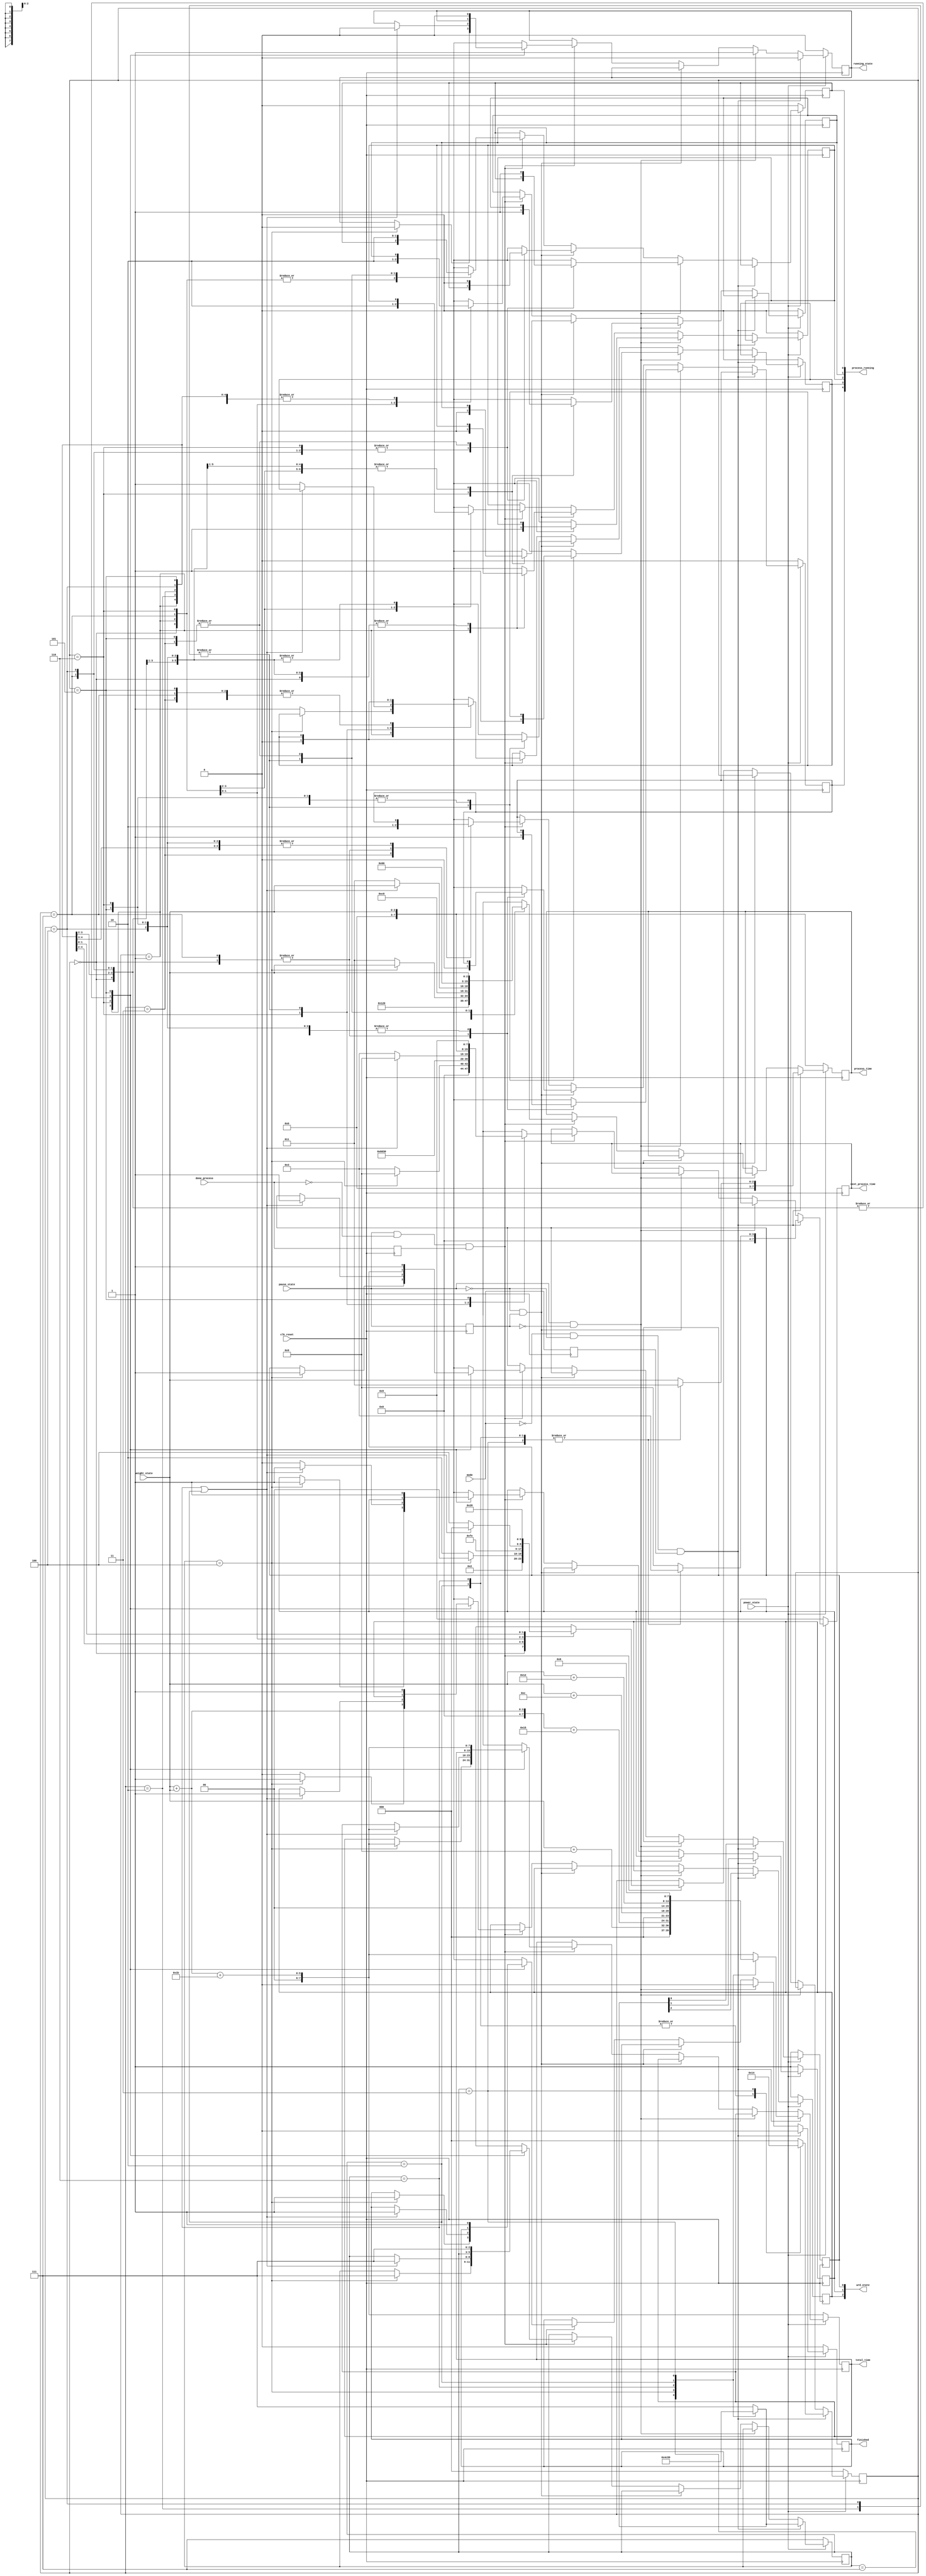
`timescale 1ns/1ps
module fsm(
    input clk_reset,
    input mode,
	input power_state,
	input pause_state,
	input [2:0]weight_state,
	input done_process,
	output [2:0]wrd_state,
	output reg [7:0] total_time,
    output reg [7:0] process_time,
    output reg [7:0] next_process_time,
    output reg running_state,
    output [4:0] process_running,//
    output reg finished
	);
	localparam mode1 = 3'b111,mode2 = 3'b100,mode3 = 3'b110,
               mode4 = 3'b010,mode5 = 3'b011,mode6 = 3'b001;
    localparam process0 = 3'b000,process1 = 3'b001,process2 = 3'b010,process3 = 3'b011,
			   process4 = 3'b111,process5 = 3'b110,process6 = 3'b100,process7 = 3'b101;
	reg [2:0]mode_state,process_state;//
	reg wash_state,rinse_state,dewatering_state;//
	reg intake_running,wash_running,rinse_running,outlet_running,dewatering_running;//
	reg ex_mode,ex_pause_state,ex_done_process;//
	assign wrd_state = {wash_state,rinse_state,dewatering_state};
    assign process_running = {intake_running,outlet_running,wash_running,rinse_running,dewatering_running};
	initial begin //
               running_state <= 0;
               finished <= 0;
               mode_state <= mode1;//
               {wash_state,rinse_state,dewatering_state} <= 3'b0;
               total_time <= 33;
               process_state <= process0;
               process_time <= 3;//
               next_process_time <= 9;//
               {intake_running,wash_running,rinse_running,outlet_running,dewatering_running} <= 5'b00000;
           end
	always @(posedge clk_reset) ex_mode = #10 mode ;
	always @(posedge clk_reset) ex_pause_state = #10 pause_state;
	always @(posedge clk_reset) ex_done_process = #10 done_process;
	always @(posedge clk_reset)
	   if(!power_state)//
		   begin
		       finished = 0;
			   running_state = 0;
			   mode_state = mode1;//
			   total_time = weight_state + weight_state + 27;
			   process_state = process0;
			   process_time = weight_state;//
			   next_process_time = 9;//
			   {wash_state,rinse_state,dewatering_state} = #10 mode_state;
			   {intake_running,wash_running,rinse_running,outlet_running,dewatering_running} = 5'b00000;
		   end
	   else if( !mode && !pause_state && ex_mode)//mode
			case(mode_state)
			mode1:begin running_state = 0;finished = 0;
			           mode_state = mode2;//
					   total_time = weight_state + 9;//
					   process_state = process0;
					   process_time = weight_state;//
					   next_process_time = 9;//
					   {wash_state,rinse_state,dewatering_state} = #10 mode_state;
				   end
			mode2:begin running_state = 0;finished = 0;
			           mode_state = mode3;//
					   total_time = weight_state + weight_state + 21;
					   process_state = process0;
					   process_time = weight_state;//
					   next_process_time = 9;//
					   {wash_state,rinse_state,dewatering_state} = #10 mode_state;
				   end
			mode3:begin running_state = 0;finished = 0;
			           mode_state = mode4;//
					   total_time = weight_state + 12;//
					   process_state = process2;
					   process_time = 3;//
					   next_process_time = 3;//
					   {wash_state,rinse_state,dewatering_state} = #10 mode_state;
				   end	   
			mode4:begin running_state = 0;finished = 0;
			           mode_state = mode5;//
					   total_time = weight_state + 18;//
					   process_state = process2;
					   process_time = 3;//
					   next_process_time = 3;//
					   {wash_state,rinse_state,dewatering_state} = #10 mode_state;
				   end
			mode5:begin running_state = 0;finished = 0;
			           mode_state = mode6;//
					   total_time = 6;//
					   process_state = process6;
					   process_time = 3;//
					   next_process_time = 3;//
					   {wash_state,rinse_state,dewatering_state} = #10 mode_state;
				   end
			mode6:begin running_state = 0;finished = 0;
			           mode_state = mode1;//
					   total_time = weight_state + weight_state + 27;
					   process_state = process0;
					   process_time = weight_state;//
					   next_process_time = 9;//
					   {wash_state,rinse_state,dewatering_state} = #10 mode_state;
				   end
			default:begin running_state = 0;finished = 0;
			           mode_state = mode1;//
					   total_time = weight_state + weight_state + 27;
					   process_state = process0;
					   process_time = weight_state;//
					   next_process_time = 9;//
					   {wash_state,rinse_state,dewatering_state} = #10 mode_state;
				   end
	        endcase
        else if( pause_state && !ex_pause_state) //pause_state
            begin running_state = 1;finished = 0;
			case(process_state)
                 process0:begin intake_running = 1;end
                 process1:begin wash_running = 1;end
                 process2:begin outlet_running = 1;end
                 process3:begin dewatering_running = 1;end
                 process4:begin intake_running = 1;end
                 process5:begin rinse_running = 1;end
                 process6:begin outlet_running = 1;end
                 process7:begin dewatering_running = 1;end
             endcase
             end
        else if( !pause_state && ex_pause_state) //pause_state
             case(process_state)
                  process0:begin intake_running = 0;end
                  process1:begin wash_running = 0;end
                  process2:begin outlet_running = 0;end
                  process3:begin dewatering_running = 0;end
                  process4:begin intake_running = 0;end
                  process5:begin rinse_running = 0;end
                  process6:begin outlet_running = 0;end
                  process7:begin dewatering_running = 0;end
              endcase  
        else if( pause_state && !done_process && ex_done_process)//done_process
		   case(process_state)
           process0:begin 
						intake_running = 0;//
                        wash_running = 1;//
                        process_state = process1;
                        process_time = 9;
                        next_process_time = 3;//
                    end
           process1:begin 
						wash_running = 0;//
						wash_state = 0;
						if(mode_state == mode2)//
							begin running_state = 0;finished = 1;
							   mode_state = mode1;//
                               total_time = weight_state + weight_state + 27;
                               process_state = process0;
                               process_time = weight_state;//
                               next_process_time = 9;//
                               {wash_state,rinse_state,dewatering_state} = #10 mode_state;
							end
						else begin  //
								process_state = process2;
								process_time = 3;
								outlet_running = 1;//
								next_process_time = 3;//
							 end
                    end
           process2:begin 
						outlet_running = 0;//
                        dewatering_running = 1;//
                        process_state = process3;
                        process_time = 3;
						next_process_time = weight_state;//
                    end
           process3:begin 
						dewatering_running = 0;	//
                        intake_running = 1;//
                        process_state = process4;
                        process_time = weight_state;
                        next_process_time = 6;//
					end
           process4:begin 
                        intake_running = 0;// 
						rinse_running = 1;//
						process_state = process5;
                        process_time = 6;
						next_process_time = 3;//
                    end
           process5:begin 
						rinse_running = 0;//
						rinse_state = 0;
                        if(mode_state == mode3 || mode_state == mode4) 
                            begin //
                               running_state = 0;finished = 1;
                               mode_state = mode1;//
                               total_time = weight_state + weight_state + 27;
                               process_state = process0;
                               process_time = weight_state;//
                               next_process_time = 9;//
                               {wash_state,rinse_state,dewatering_state} = #10 mode_state;                            
                            end
                        else begin //
                                process_state = process6;
                                process_time = 3;
                                outlet_running = 1;//
                                next_process_time = 3;//
                             end
                    end
           process6:begin 
                        outlet_running = 0;//
                        dewatering_running = 1;//
                        process_state = process7;
                        process_time = 3;
                        next_process_time = weight_state;//
					end
           process7:begin 
                       dewatering_running = 0;//
                       dewatering_state = 0;
                       running_state = 0;
                       finished = 1;
                       mode_state = mode1;//
                       total_time = weight_state + weight_state + 27;
                       process_state = process0;
                       process_time = weight_state;//
                       next_process_time = 9;//
                       {wash_state,rinse_state,dewatering_state} = #10 mode_state;
                    end
           endcase
endmodule